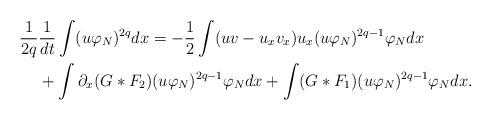
LaTeX: \begin{align*}& \frac{1}{2q}\frac{1}{dt}\int (u\varphi _N)^{2q}dx=-\frac{1}{2}\int (uv-u_xv_x)u_x(u\varphi _N)^{2q-1}\varphi _Ndx\\&\phantom{ \frac{1}{2q}}+\int \partial_x(G\ast F_2)(u\varphi _N)^{2q-1}\varphi _N dx+\int (G\ast F_1)(u\varphi _N)^{2q-1}\varphi _N dx.\end{align*}